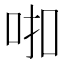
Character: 𰇗